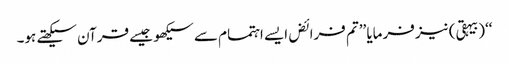
‘‘(بیہقی) نیز فرمایا ’’تم فرائض ایسے اہتمام سے سیکھو جیسے قرآن سیکھتے ہو۔